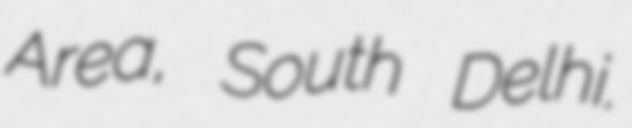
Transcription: Area, South Delhi.